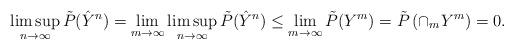
LaTeX: \begin{align*} \limsup\limits_{n \rightarrow \infty}\tilde{P}(\hat{Y}^n)=\lim_{m \rightarrow \infty}\limsup\limits_{n \rightarrow \infty}\tilde{P}(\hat{Y}^n)\leq \lim_{m \rightarrow \infty} \tilde{P}(Y^m)=\tilde{P}\left(\cap_m Y^m\right)=0.\end{align*}